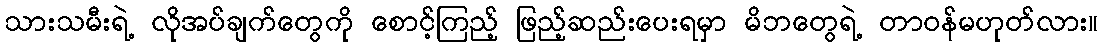
သားသမီးရဲ့ လိုအပ်ချက်တွေကို စောင့်ကြည့် ဖြည့်ဆည်းပေးရမှာ မိဘတွေရဲ့ တာဝန်မဟုတ်လား။